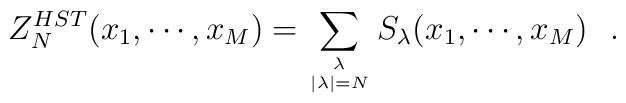
Z_N^{HST}  (x_1,\cdots,  x_M)  =  \sum_{{\lambda\atop|\lambda|=N}}S_\lambda(x_1,\cdots, x_M)\,\,\,\,.